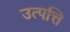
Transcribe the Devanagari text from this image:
उत्पत्ति